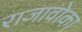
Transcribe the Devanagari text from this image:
राजावोका